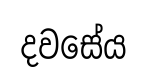
දවසේය